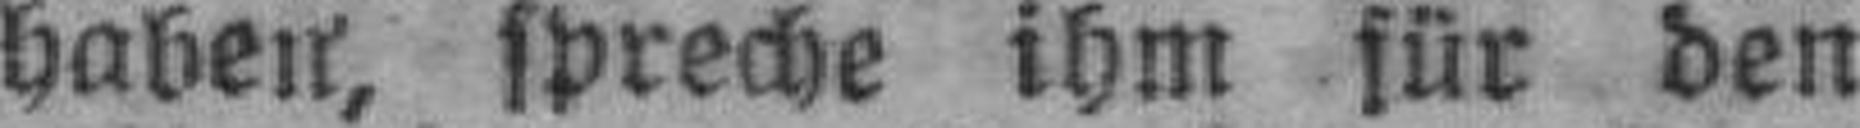
haben, spreche ihm für den